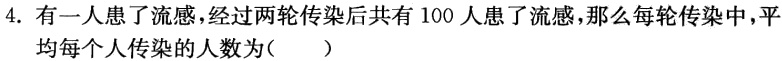
4. 有一人患了流感，经过两轮传染后共有 100 人患了流感，那么每轮传染中，平
均每个人传染的人数为( )